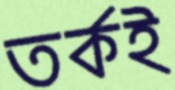
তর্কই